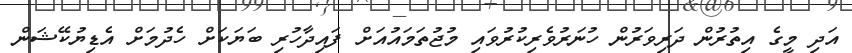
އަދި މީގެ އިތުރުން ދަރިވަރުން ހުނަރުވެރިކުރުވައި މުޖުތަމައުއަށް ފައިދާހުރި ބަޔަކަށް ހެދުމަށް އެޑިޔުކޭޝަން